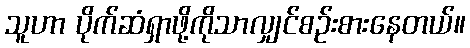
သူဟာ ပိုက်ဆံရှာဖို့ကိုသာလျှင်စဉ်းစားနေတယ်။